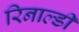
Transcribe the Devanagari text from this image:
रिनाल्डी